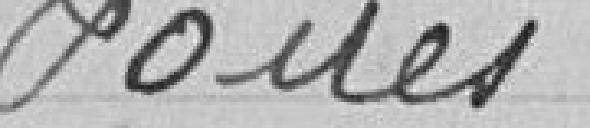
Les sacs sont comptés à raison de 3 par mètre carré.